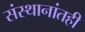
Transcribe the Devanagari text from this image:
संस्थानांतही